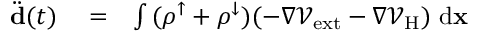
\begin{array} { r l r } { \ddot { \bf d } ( t ) } & { { } = } & { \int { ( \rho ^ { \uparrow } + \rho ^ { \downarrow } ) ( - \nabla \mathcal { V } _ { \mathrm { e x t } } - \nabla \mathcal { V } _ { \mathrm { H } } ) \ \mathrm { d } { \bf x } } } \end{array}